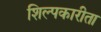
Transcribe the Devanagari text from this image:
शिल्पकारीता